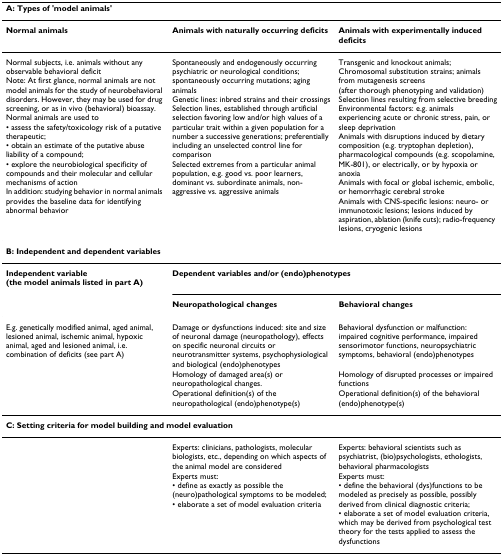
<table><thead><tr><td colspan="3"><b>A: Types of &#x27;model animals&#x27;</b></td></tr></thead><tbody><tr><td><b>Normal animals</b></td><td><b>Animals with naturally occurring deficits</b></td><td><b>Animals with experimentally induced deficits</b></td></tr><tr><td>Normal subjects, i.e. animals without any observable behavioral deficitNote: At first glance, normal animals are not model animals for the study of neurobehavioral disorders. However, they may be used for drug screening, or as in vivo (behavioral) bioassay. Normal animals are used to• assess the safety/toxicology risk of a putative therapeutic;• obtain an estimate of the putative abuse liability of a compound;• explore the neurobiological specificity of compounds and their molecular and cellular mechanisms of actionIn addition: studying behavior in normal animals provides the baseline data for identifying abnormal behavior</td><td>Spontaneously and endogenously occurring psychiatric or neurological conditions; spontaneously occurring mutations; aging animalsGenetic lines: inbred strains and their crossingsSelection lines, established through artificial selection favoring low and/or high values of a particular trait within a given population for a number a successive generations; preferentially including an unselected control line for comparisonSelected extremes from a particular animal population, e.g. good vs. poor learners, dominant vs. subordinate animals, non-aggressive vs. aggressive animals</td><td>Transgenic and knockout animals; Chromosomal substitution strains; animals from mutagenesis screens (after thorough phenotyping and validation)Selection lines resulting from selective breedingEnvironmental factors: e.g. animals experiencing acute or chronic stress, pain, or sleep deprivationAnimals with disruptions induced by dietary composition (e.g. tryptophan depletion), pharmacological compounds (e.g. scopolamine, MK-801), or electrically, or by hypoxia or anoxiaAnimals with focal or global ischemic, embolic, or hemorrhagic cerebral strokeAnimals with CNS-specific lesions: neuro- or immunotoxic lesions; lesions induced by aspiration, ablation (knife cuts); radio-frequency lesions, cryogenic lesions</td></tr><tr><td colspan="3"><b>B: Independent and dependent variables</b></td></tr><tr><td><b>Independent variable (the model animals listed in part A)</b></td><td colspan="2"><b>Dependent variables and/or (endo)phenotypes</b></td></tr><tr><td></td><td><b>Neuropathological changes</b></td><td><b>Behavioral changes</b></td></tr><tr><td>E.g. genetically modified animal, aged animal, lesioned animal, ischemic animal, hypoxic animal, aged and lesioned animal, i.e. combination of deficits (see part A)</td><td>Damage or dysfunctions induced: site and size of neuronal damage (neuropathology), effects on specific neuronal circuits or neurotransmitter systems, psychophysiological and biological (endo)phenotypes</td><td>Behavioral dysfunction or malfunction: impaired cognitive performance, impaired sensorimotor functions, neuropsychiatric symptoms, behavioral (endo)phenotypes</td></tr><tr><td></td><td>Homology of damaged area(s) or neuropathological changes.</td><td>Homology of disrupted processes or impaired functions</td></tr><tr><td></td><td>Operational definition(s) of the neuropathological (endo)phenotype(s)</td><td>Operational definition(s) of the behavioral (endo)phenotype(s)</td></tr><tr><td colspan="3"><b>C: Setting criteria for model building and model evaluation</b></td></tr><tr><td></td><td>Experts: clinicians, pathologists, molecular biologists, etc., depending on which aspects of the animal model are considered</td><td>Experts: behavioral scientists such as psychiatrist, (bio)psychologists, ethologists, behavioral pharmacologists</td></tr><tr><td></td><td>Experts must:• define as exactly as possible the (neuro)pathological symptoms to be modeled;• elaborate a set of model evaluation criteria</td><td>Experts must:• define the behavioral (dys)functions to be modeled as precisely as possible, possibly derived from clinical diagnostic criteria;• elaborate a set of model evaluation criteria, which may be derived from psychological test theory for the tests applied to assess the dysfunctions</td></tr></tbody></table>